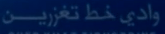
وادي خط تغزیین